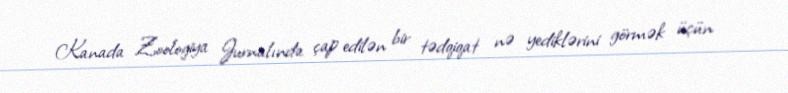
Kanada Zoologiya Jurnalında çap edilən bir tədqiqat nə yediklərini görmək üçün